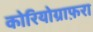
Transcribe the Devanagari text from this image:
कोरियोग्राफ़रा